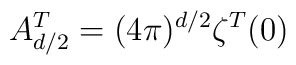
A^T_{d/2}=(4\pi)^{d/2}\zeta^T(0)